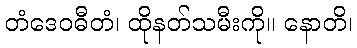
တံဒေဝဓီတံ၊ ထိုနတ်သမီးကို။ နောတိ၊